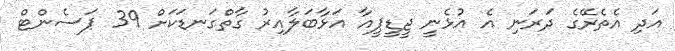
އަދި އެތެރޭގެ ދަރަނި އެ އުޅެނީ ޖީޑީޕީއާ އަޅާބަލާއިރު ގާތްގަނޑަކަށް 39 ޕަސެންޓް